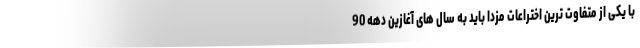
با یکی از متفاوت ترین اختراعات مزدا باید به سال های آغازین دهه 90